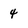
Character: 4